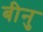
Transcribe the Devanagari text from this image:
बीनु